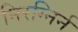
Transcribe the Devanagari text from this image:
निरग्निर्न